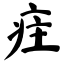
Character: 疰